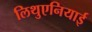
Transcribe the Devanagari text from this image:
लिथुएनियाई